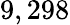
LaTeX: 9,298